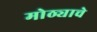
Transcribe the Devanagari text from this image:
मोठ्याचे